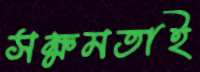
সক্ষমতাই